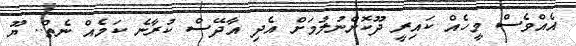
އެއްވެސް މީހެއް ކައިރީ ދޫކޮށްނުލުމަށް އެދި އާދޭސް ކުރާނެ ކަމެއް ނެތް.. ޔޫ